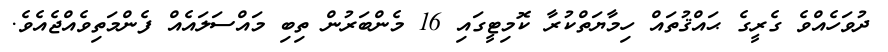
ދުވަހެއްވެ ގެރީގެ ޙައްޤުތައް ހިމާޔަތްކުރާ ކޮމިޓީގައި 16 މެންބަރުން ތިބި މައްސަލައެއް ފެންމަތިވެއްޖެއެވެ.